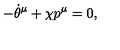
- { \dot { \theta } } ^ { \mu } + \chi { p } ^ { \mu } = 0 ,